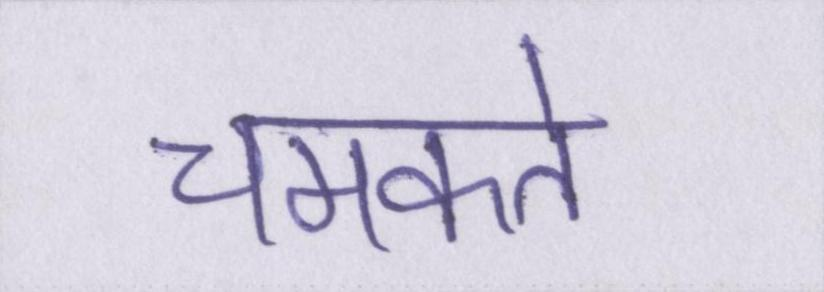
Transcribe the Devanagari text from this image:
चमकते